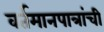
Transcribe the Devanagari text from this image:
वर्तमानपात्रांची